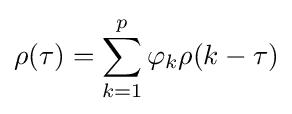
\rho (\tau )=\sum _{k=1}^{p}\varphi _{k}\rho (k-\tau )